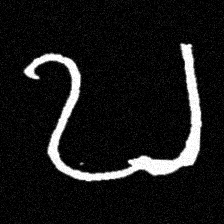
Pyu character \u2014 Myanmar letter: ဎ (romanized: ddha)